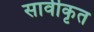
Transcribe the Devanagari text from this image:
सार्वीकृत